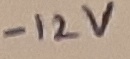
Text: -12V